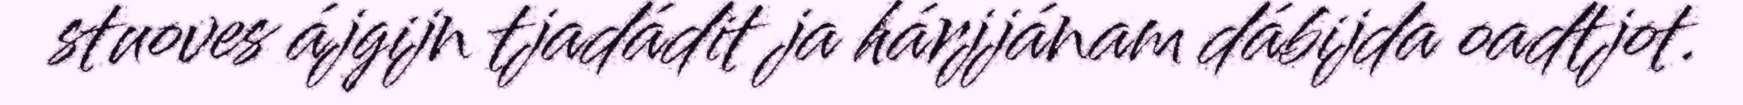
stuoves ájgijn tjadádit ja hárjjánam dábijda oadtjot.